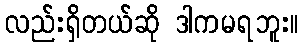
လည်းရှိတယ်ဆို ဒါကမရဘူး။